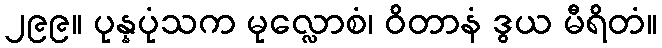
၂၉၉။ ပုန္နပုံသက မုလ္လောစံ၊ ဝိတာနံ ဒွယ မီရိတံ။